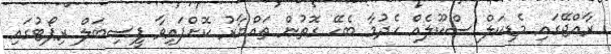
ރާއްޖޭގައި މެޑިކަލް ސްކޫލެއް ހެދުމާ ބެހޭ ގޮތުން ތައްޔާރު ކޮށްފައިވާ ފީސިބަލް ރިޕޯޓުގައި